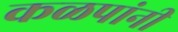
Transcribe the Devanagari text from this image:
कळपांनी